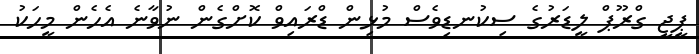
ޕީޖީ ގްރޫޕް ލީޑަރުގެ ސިކުނޑިވެސް މުޅިން ޑްރައިވް ކޮށްގެން ނުވާނެ އެހެން މީހަކު